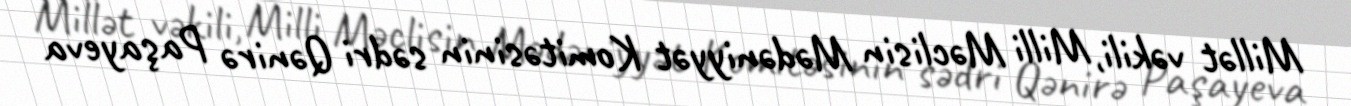
Millət vəkili, Milli Məclisin Mədəniyyət Komitəsinin sədri Qənirə Paşayeva